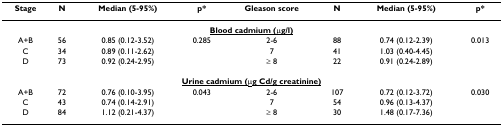
<table><thead><tr><td><b>Stage</b></td><td><b>N</b></td><td><b>Median (5-95%)</b></td><td><b>p*</b></td><td><b>Gleason score</b></td><td><b>N</b></td><td><b>Median (5-95%)</b></td><td><b>p*</b></td></tr></thead><tbody><tr><td colspan="8"><b><underline>Blood cadmium (μg/l)</underline></b></td></tr><tr><td>A+B</td><td>56</td><td>0.85 (0.12-3.52)</td><td>0.285</td><td>2-6</td><td>88</td><td>0.74 (0.12-2.39)</td><td>0.013</td></tr><tr><td>C</td><td>34</td><td>0.89 (0.11-2.62)</td><td></td><td>7</td><td>41</td><td>1.03 (0.40-4.45)</td><td></td></tr><tr><td>D</td><td>73</td><td>0.92 (0.24-2.95)</td><td></td><td>≥ 8</td><td>22</td><td>0.91 (0.24-2.89)</td><td></td></tr><tr><td colspan="8"><b><underline>Urine cadmium (μg Cd/g creatinine)</underline></b></td></tr><tr><td>A+B</td><td>72</td><td>0.76 (0.10-3.95)</td><td>0.043</td><td>2-6</td><td>107</td><td>0.72 (0.12-3.72)</td><td>0.030</td></tr><tr><td>C</td><td>43</td><td>0.74 (0.14-2.91)</td><td></td><td>7</td><td>54</td><td>0.96 (0.13-4.37)</td><td></td></tr><tr><td>D</td><td>84</td><td>1.12 (0.21-4.37)</td><td></td><td>≥ 8</td><td>30</td><td>1.48 (0.17-7.36)</td><td></td></tr></tbody></table>